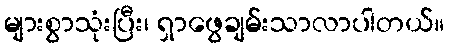
များစွာသုံးပြီး၊ ရှာဖွေချမ်းသာလာပါတယ်။